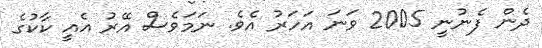
ދެން ފެނުނީ 2005 ވަނަ އަހަރު އެވެ. ނަމަވެސް އޭރު އެއީ ކާކުގެ